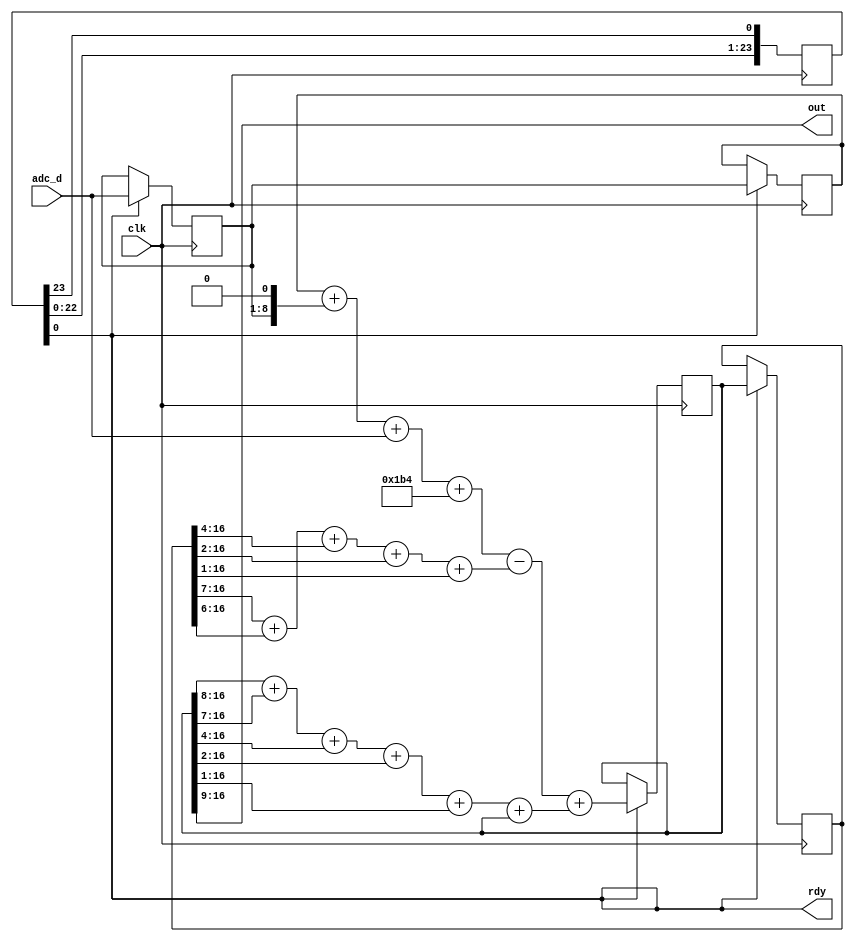
module lp20khz_1MSa_iir_filter(input clk, input [7:0] adc_d, output rdy, output [7:0] out);

    // clk is 24MHz, the IIR filter is designed for 1MS/s
    // hence we need to divide it by 24
    // using a shift register takes less area than a counter
    reg [23:0] cnt = 1;
    assign rdy = cnt[0];
    always @(posedge clk)
        cnt <= {cnt[22:0], cnt[23]};

    reg [7:0] x0 = 0;
    reg [7:0] x1 = 0;
    reg [16:0] y0 = 0;
    reg [16:0] y1 = 0;

    always @(posedge clk)
    begin
        if (rdy)
        begin
            x0 <= x1;
            x1 <= adc_d;
            y0 <= y1;
            y1 <=
                // center the signal:
                // input range is [0; 255]
                // We want "128" to be at the center of the 17bit register
                // (128+z)*gain = 17bit center
                // z = (1<<16)/gain - 128 = 109
                // We could use 9bit x registers for that, but that would be
                // a waste, let's just add the constant during the computation
                // (x0+109) + 2*(x1+109) + (x2+109) = x0 + 2*x1 + x2 + 436
                x0 + {x1, 1'b0} + adc_d + 436
                // we want "- y0 * 0xd6 / 0x100" using only shift and add
                // 0xd6 == 0b11010110
                // so *0xd6/0x100 is equivalent to
                // ((x << 1) + (x << 2) + (x << 4) + (x << 6) + (x << 7)) >> 8
                // which is also equivalent to
                // (x >> 7) + (x >> 6) + (x >> 4) + (x >> 2) + (x >> 1)
                - ((y0 >> 7) + (y0 >> 6) + (y0 >> 4) + (y0 >> 2) + (y0 >> 1)) // - y0 * 0xd6 / 0x100
                // we want "+ y1 * 0x1d3 / 0x100"
                // 0x1d3 == 0b111010011
                // so this is equivalent to
                // ((x << 0) + (x << 1) + (x << 4) + (x << 6) + (x << 7) + (x << 8)) >> 8
                // which is also equivalent to
                // (x >> 8) + (x >> 7) + (x >> 4) + (x >> 2) + (x >> 1) + (x >> 0)
                + ((y1 >> 8) + (y1 >> 7) + (y1 >> 4) + (y1 >> 2) + (y1 >> 1) + y1);
        end
    end

    // output: reduce to 8bit
    assign out = y1[16:9];

endmodule